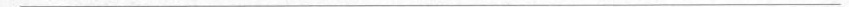
___